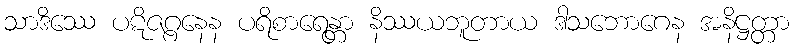
သာဒိဿေ ပဋိဇဂ္ဂနေန ပရိစာရေန္တာ နိဿယဘူတာယ ဒါသဘောဂေန အနိဋ္ဌတ္တာ